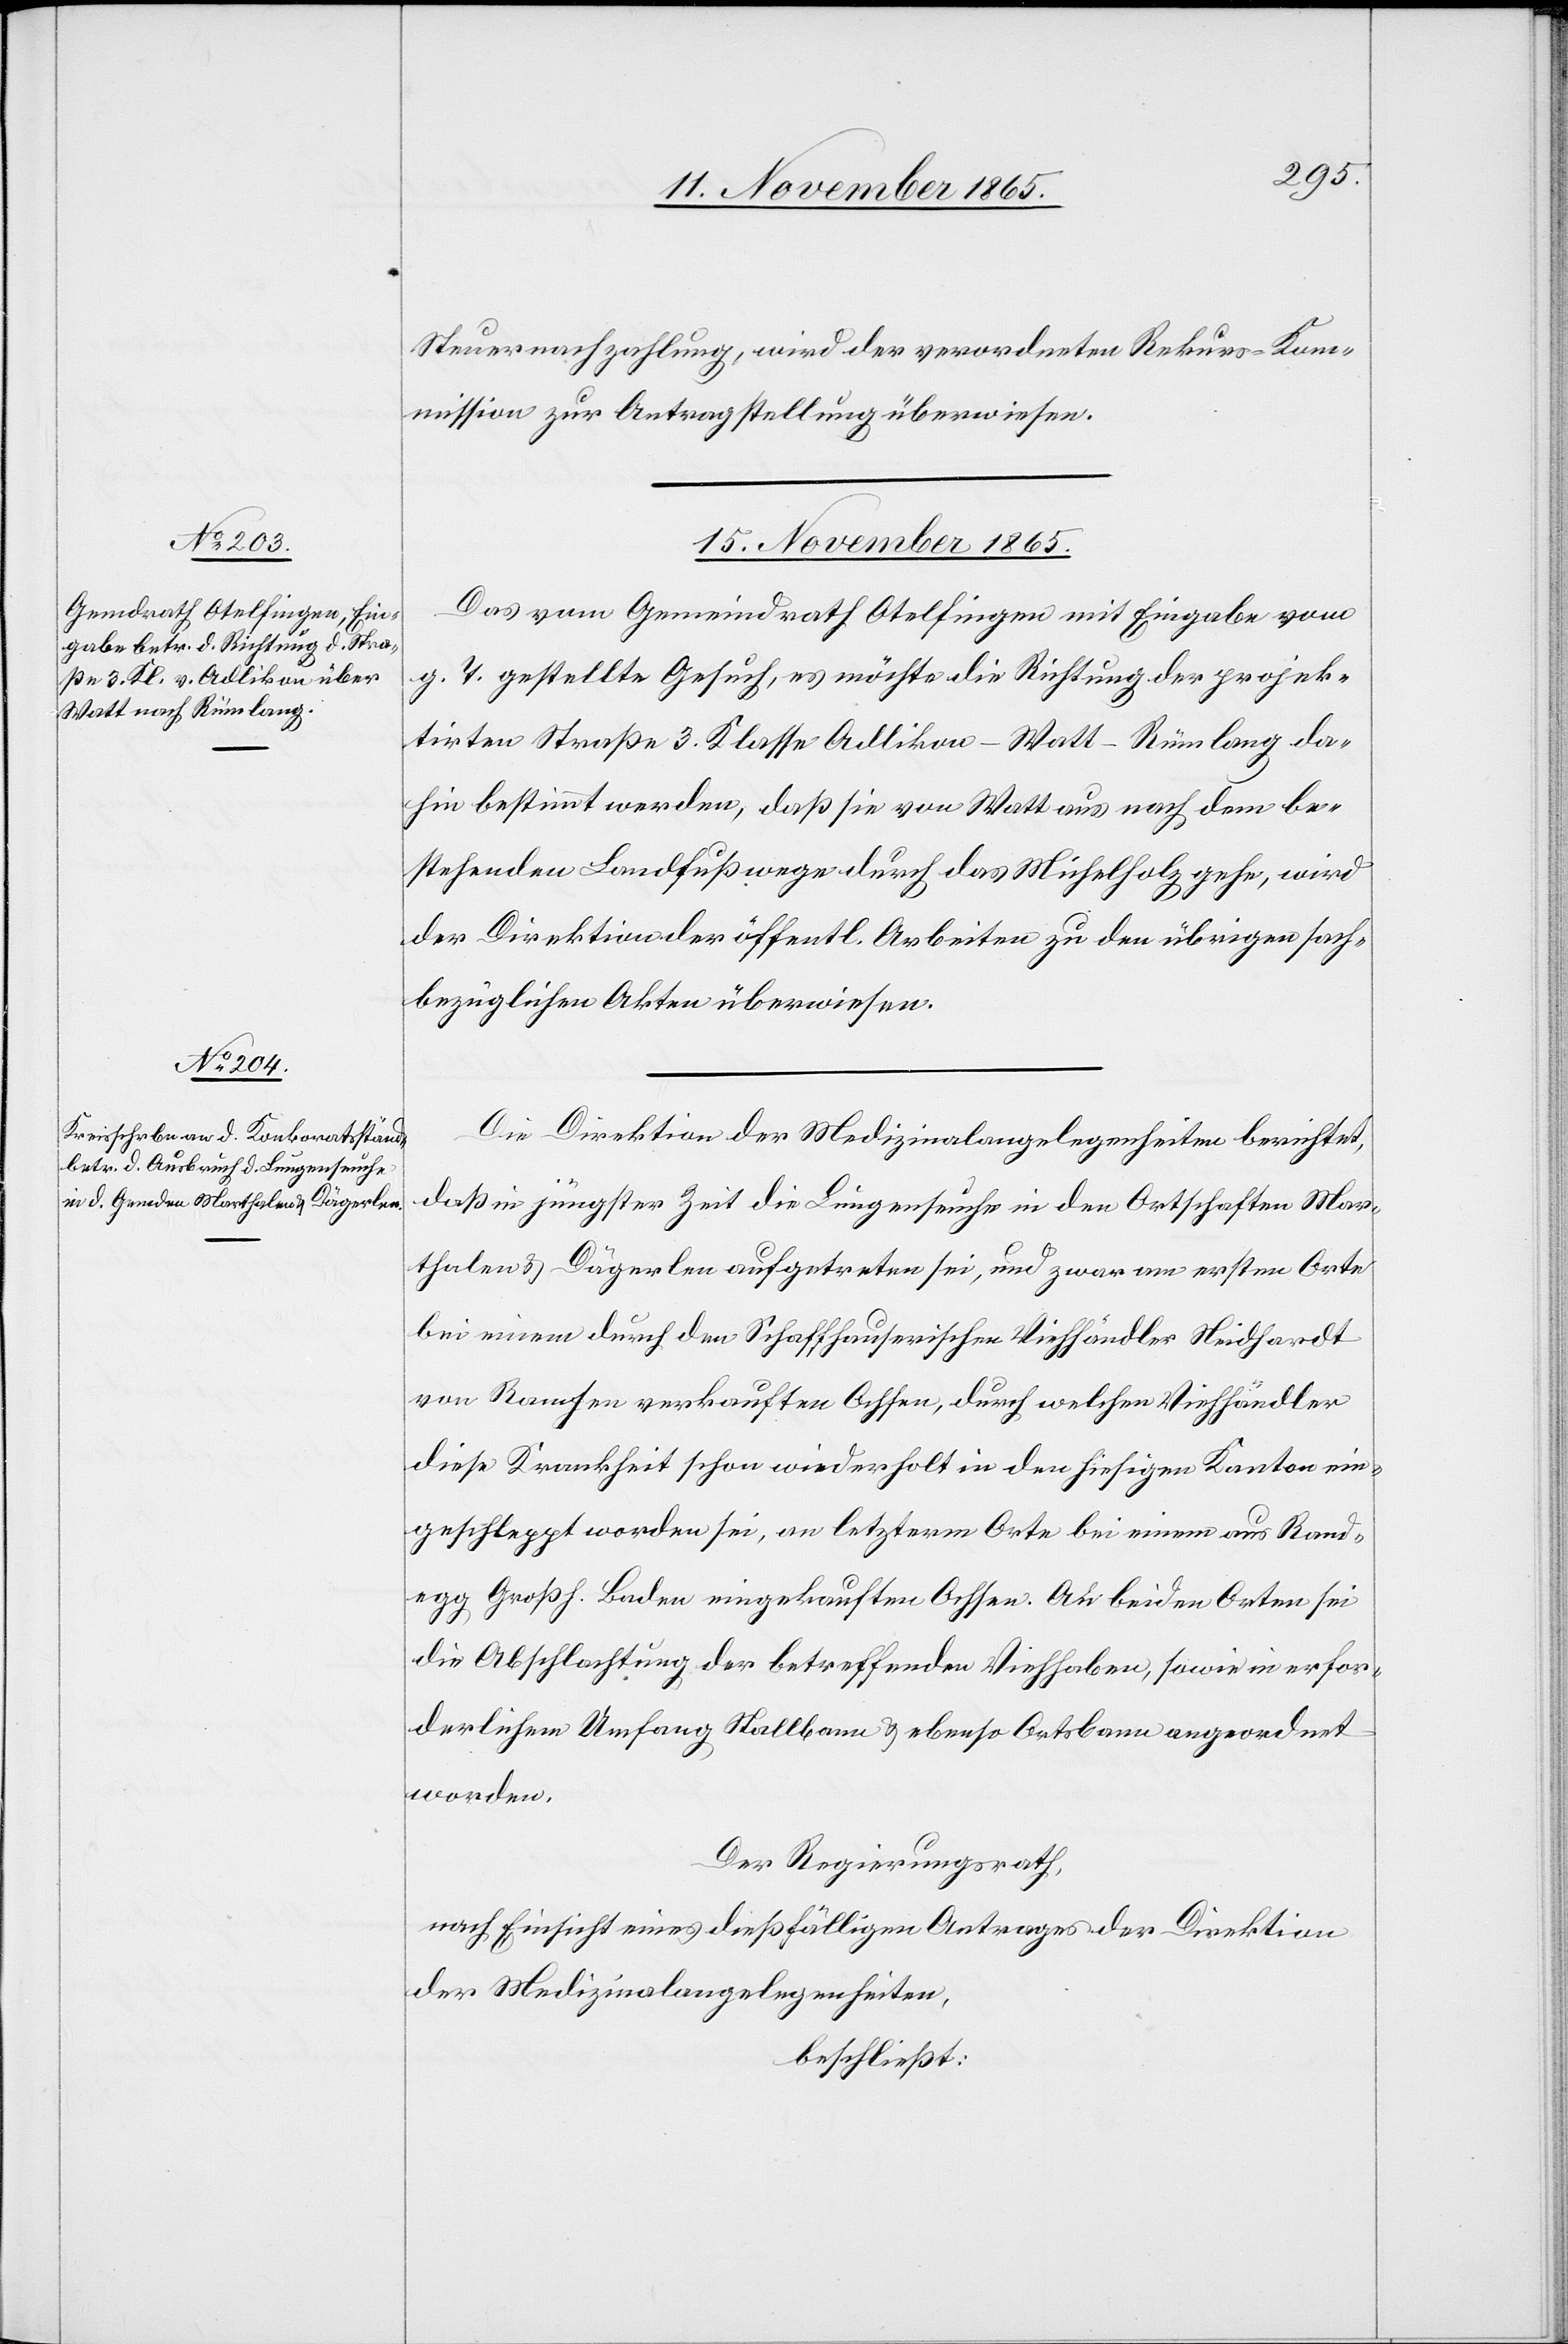
Steuernachzahlung, wird der verordneten Rekurs-Ko¬
mmission zur Antragstellung überwiesen.
15. November 1865.]
Das vom Gemeindrath Otelfingen mit Eingabe vom
g. T. gestellte Gesuch, es möchte die Richtung der projek¬
tirten Straße 3. Klasse Adlikon–Watt–Rümlang da¬
hin bestimmt werden, daß sie von Watt aus nach dem be¬
stehenden Landfußweg durch das Mühlholz gehe, wird
der Direktion der öffentl. Arbeiten zu den übrigen sach¬
bezüglichen Akten überwiesen.
Die Direktion der Medizinalangelegenheiten berichtet,
daß in jüngster Zeit die Lungenseuche in den Ortschaften Mar¬
thalen & Dägerlen aufgetreten sei, und zwar am ersten Orte
bei einem durch den Schaffhauserischen Viehhändler Neidhardt
von Ramsen verkauften Ochsen, durch welchen Viehhändler
diese Krankheit schon wiederholt in den hiesigen Kanton ein¬
geschleppt worden sei, an letzterm Orte bei einem aus Rand¬
egg, Großh. Baden eingekauften Ochsen. An beiden Orten sei
die Abschlachtung der betreffenden Viehhaben, sowie in erfor¬
derlichem Umfang Stallbann & ebenso Ortsbann angeordnet
worden.
Der Regierungsrath,
nach Einsicht eines dießfälligen Antrages der Direktion
der Medizinalangelegenheiten,
beschließt: